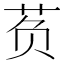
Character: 𰰷